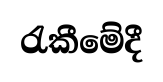
රැකීමේදී